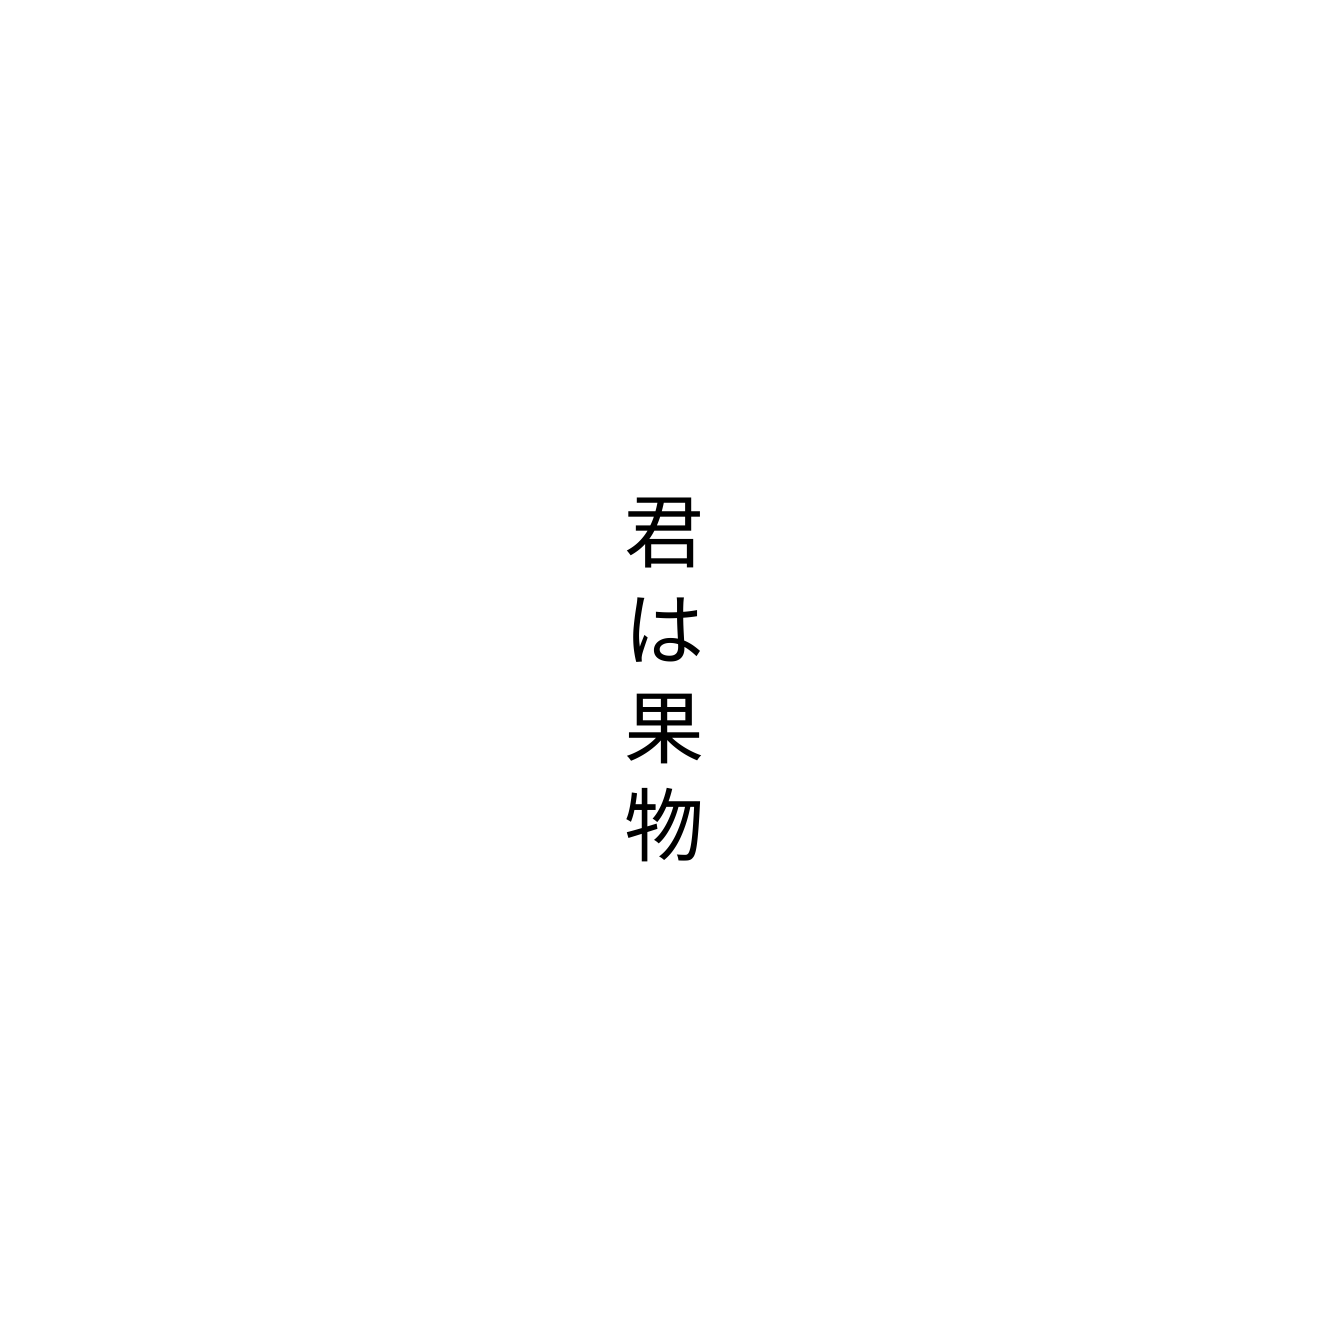
君は果物